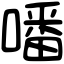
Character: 噃